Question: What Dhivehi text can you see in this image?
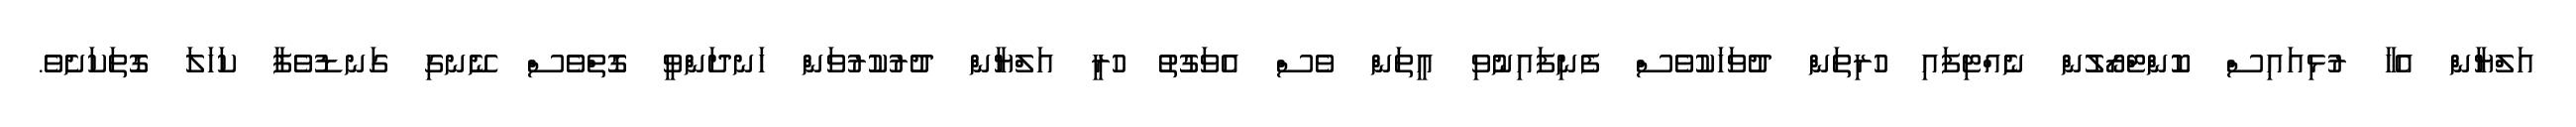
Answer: އަލްޔާން އެހާ ރުޅިއައިސް ކޮންޓްރޯލުން ނެއްޓިފައި ހުރިތަން ދުވަހަކުވެސް ފެނިފައިނުވި އީތަން ވެސް އެވަގުތު ހުރީ އަލްޔާން ދުރުކުރުވަން ހަނދަންވީ ގޮތްވެސް ނޭނގި ގަނޑުވެފާ ކަހަލަ ގޮތަކަށެވެ.